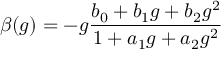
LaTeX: \beta ( g ) = - g \frac { b _ { 0 } + b _ { 1 } g + b _ { 2 } g ^ { 2 } } { 1 + a _ { 1 } g + a _ { 2 } g ^ { 2 } }